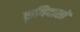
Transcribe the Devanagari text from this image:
कृषिदासों